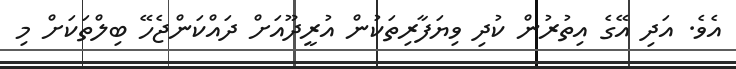
އެވެ. އަދި އޭގެ އިތުރުން ކުދި ވިޔަފާރިތަކުން އުރީދޫއަށް ދައްކަންޖެހޭ ބިލްތަކަށް މި